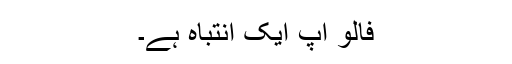
فالو اپ ایک انتباہ ہے۔